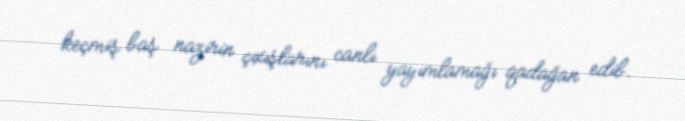
keçmiş baş nazirin çıxışlarını canlı yayımlamağı qadağan edib.